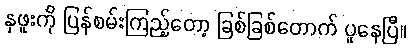
နှဖူးကို ပြန်စမ်းကြည့်တော့ ခြစ်ခြစ်တောက် ပူနေပြီ။